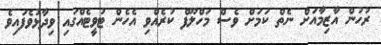
ރުހުން އާޒިމާއަށް ނެތް ކަމަށް ވެސް މަހްލޫފް ކުރެއްވި އެހެން ޓުވީޓެއްގައި ވިދާޅުވެފައިވެ